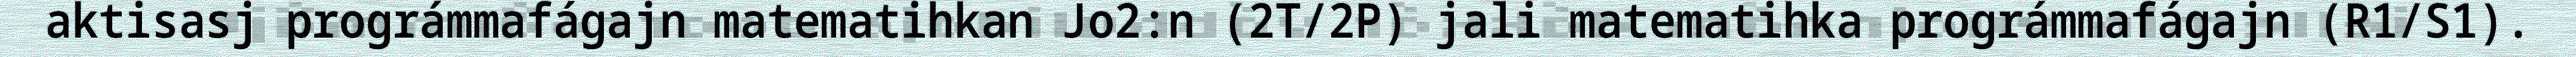
aktisasj prográmmafágajn matematihkan Jo2:n (2T/2P) jali matematihka prográmmafágajn (R1/S1).